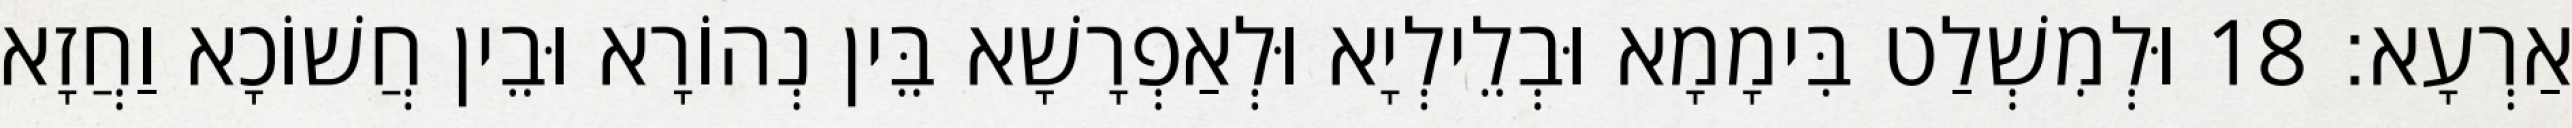
אַרְעָא׃ 18 וּלְמִשְׁלַט בִּימָמָא וּבְלֵילְיָא וּלְאַפְרָשָׁא בֵּין נְהוֹרָא וּבֵין חֲשׁוֹכָא וַחֲזָא